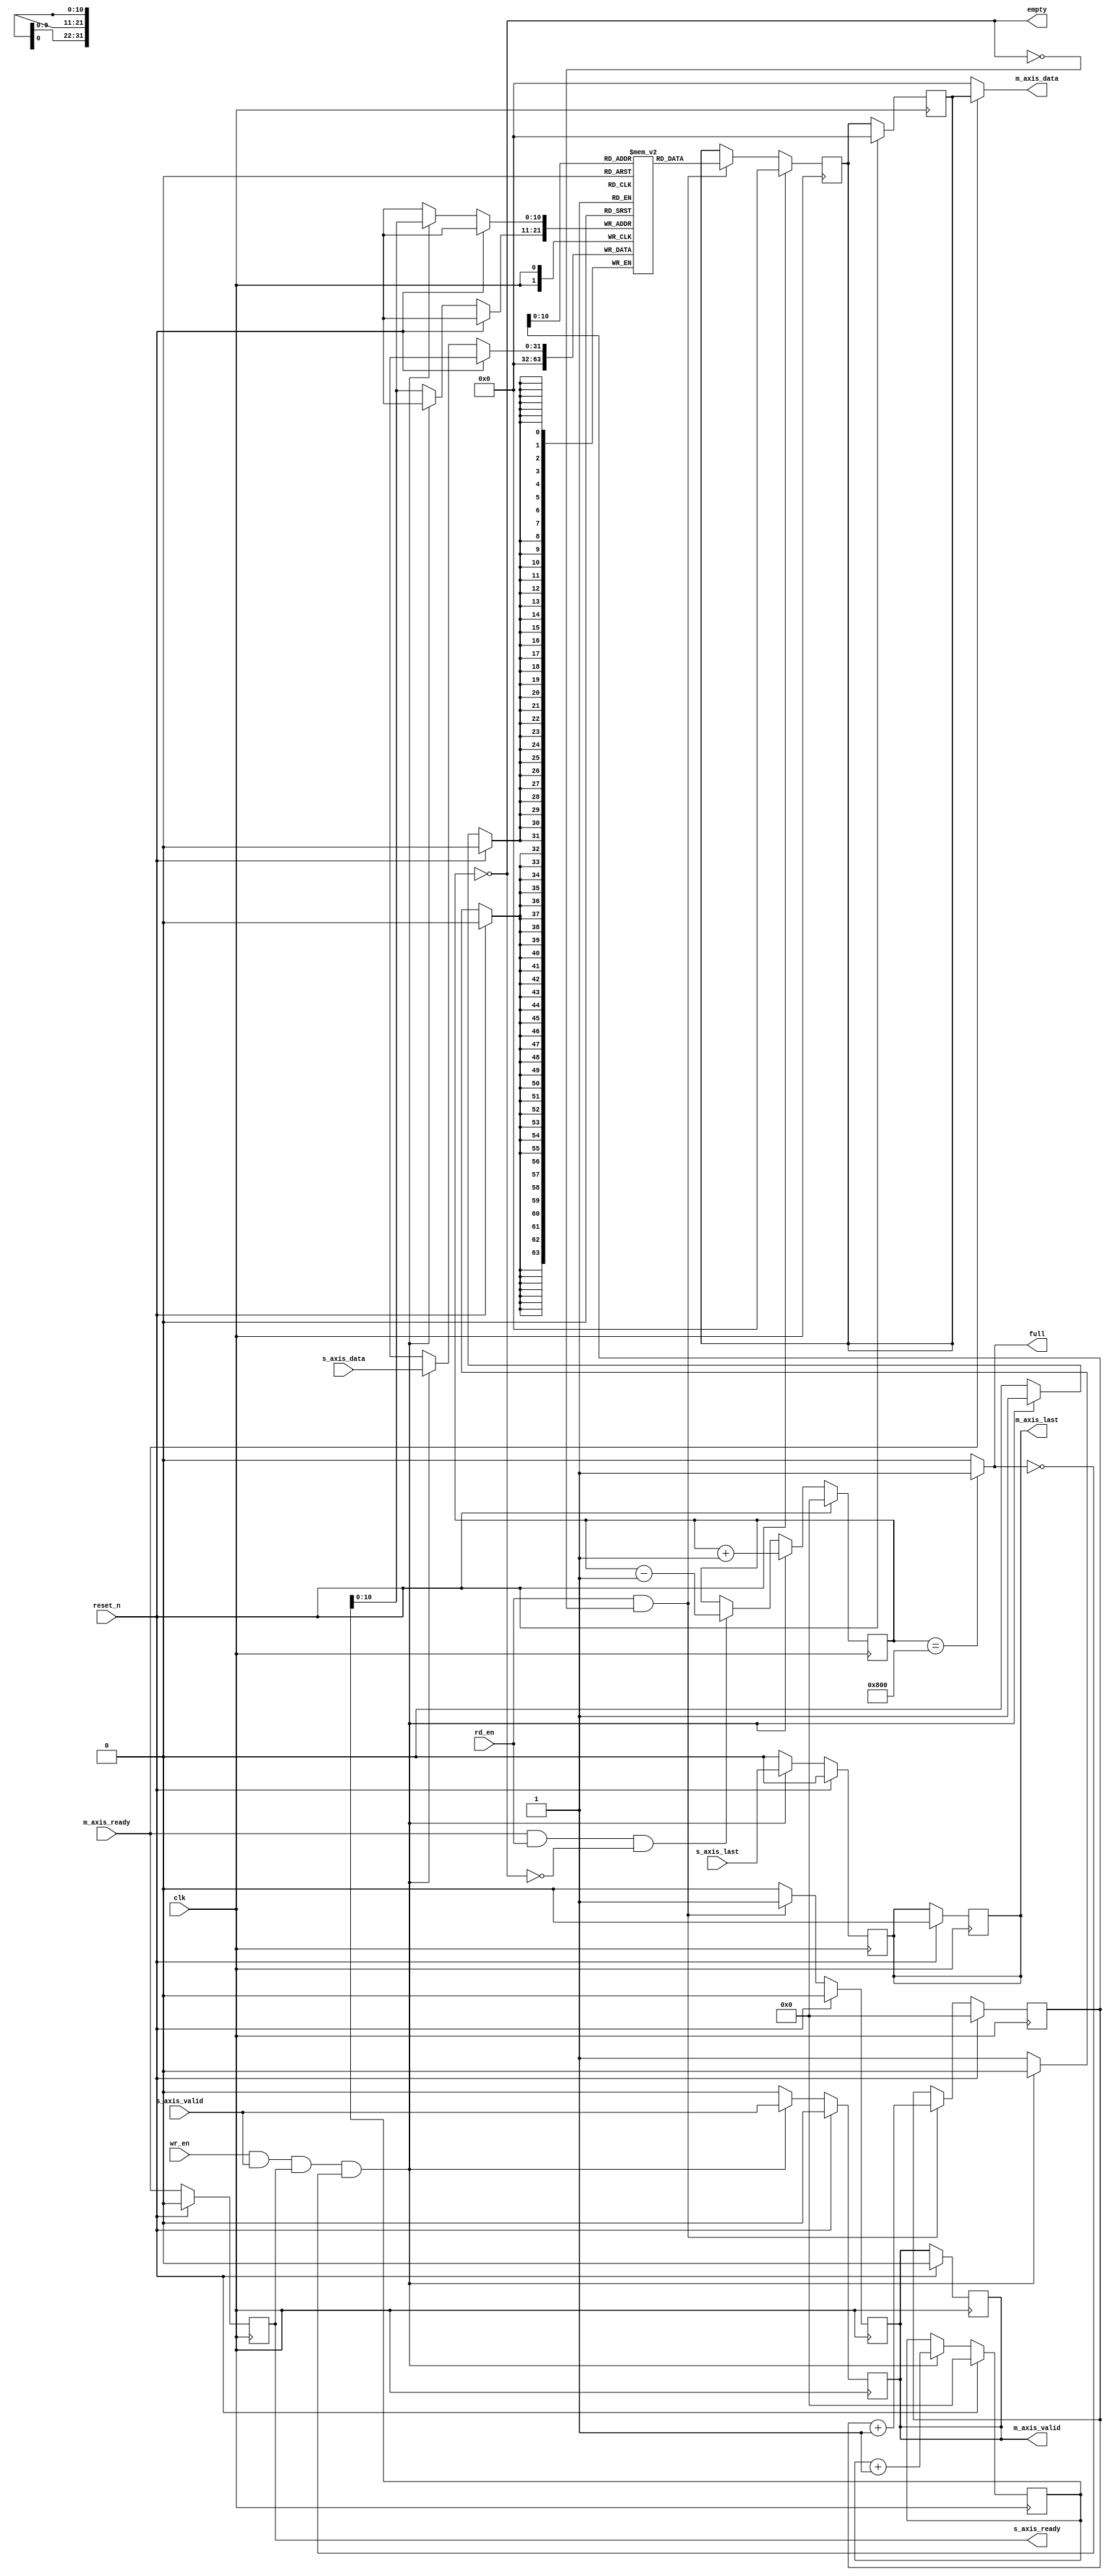
module fifo_ff( 
                input wire clk,
               input wire reset_n,
               input wire wr_en,
               
               input wire [DATA_WIDTH-1:0] s_axis_data,
               input wire s_axis_valid,
               output wire s_axis_ready,
               input wire s_axis_last,
               
               input wire rd_en,
               
               output wire full,
                
               output wire [DATA_WIDTH-1:0] m_axis_data,
               output wire m_axis_valid,
               input wire m_axis_ready,
               output wire m_axis_last,
               
               output empty             
 
            );
            
          parameter DEPTH = 2048;
          parameter DATA_WIDTH = 32;
          
          reg [DATA_WIDTH-1:0] fifo_mem [0:DEPTH-1];
          
          reg [11:0] wr_ptr;
          reg [11:0] rd_ptr;
          reg [11:0] count;
          reg data_last;
        
         
                
         reg ready_out;
         reg [DATA_WIDTH-1:0] reg_data;
         reg reg_valid;
         
          assign full = (count == DEPTH)?1:0;
          assign empty = (count == 0);
          
          // handle with the write processor 
           
          always@(posedge clk) begin
              
               if(reset_n) begin                          
               
                  wr_ptr <= 0;
               //     last_in_frame <= 0;
                  reg_data <= 32'h00;
                  reg_valid <= 0;
                  data_last <= 0;
                   
                end else begin
                  
                  if(wr_en && s_axis_valid && s_axis_ready && !full) begin
                  
                 fifo_mem[wr_ptr] <= s_axis_data;
                  
                  wr_ptr <= wr_ptr + 1;
                  data_last <= s_axis_last;
                  reg_valid <= s_axis_valid;
                                
                  end
                  else begin
                  fifo_mem[wr_ptr] <= 0;
                  reg_valid <= 0;
                  data_last <= 0;
                  end
                end
          end
          
          //  handle with the read pointer 
          
           always@(posedge clk) begin
              
               if(reset_n) begin
               
                  rd_ptr <= 0;
                 
                  //s_axis_ready <= 1'b0;
                  reg_valid <= 1'b0;
                  reg_data <=  0;
                  data_last <= 1'b0;  
                //  data_last <= 1'b0;               
                  
                   
                end else begin
                  
                  if(rd_en && ~empty) begin
                  
                  reg_data <= fifo_mem[rd_ptr];                  
                                                                 
                             
                  rd_ptr <= rd_ptr + 1;
                 // m_axis_last <= data_last; 
                  
                  
                  end
                end
          end
          
          always @(posedge clk) begin
           if(reset_n) begin
           reg_valid <= 0;
           end
           else begin
           if(rd_en && ~empty)           
            reg_valid <= 1;
            else
            reg_valid <= 0;
           end
           end
          
          always @(posedge clk) begin
            
            if(reset_n) begin
              ready_out <= 32'h00;
              end
              else
              ready_out <= m_axis_ready;
              end
       
          always@(posedge clk) begin
             
              if(reset_n) begin
                 
              count <= 0;
                  
              end else begin            
                             
              if(wr_en && s_axis_valid && s_axis_ready && !full)begin
                count <= count + 1;
              
                end else if(m_axis_ready && rd_en && !empty) begin
                count <= count - 1;
                end
           end
         end             
                          
       assign s_axis_ready = ready_out;
       assign m_axis_data =  (m_axis_ready)?reg_data:0;
       assign m_axis_valid = reg_valid;
       assign m_axis_last = data_last;
      // assign wr_en = s_axis_valid && s_axis_ready;
     //  assign rd_en =  (m_axis_ready)?1:0;
                   
endmodule